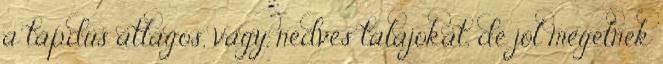
a tápdús átlagos, vagy nedves talajokat, de jól megélnek